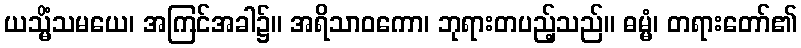
ယသ္မိံသမယေ၊ အကြင်အခါ၌။ အရိသာဝကော၊ ဘုရားတပည့်သည်။ ဓမ္မံ၊ တရားတော်၏